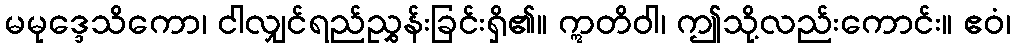
မမုဒ္ဒေသိကော၊ ငါလျှင်ရည်ညွှန်းခြင်းရှိ၏။ ဣတိဝါ၊ ဤသို့လည်းကောင်း။ ဧဝံ၊